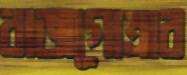
রাজগোত্রার